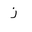
Letter: _zay